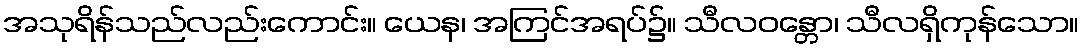
အသုရိန်သည်လည်းကောင်း။ ယေန၊ အကြင်အရပ်၌။ သီလဝန္တော၊ သီလရှိကုန်သော။